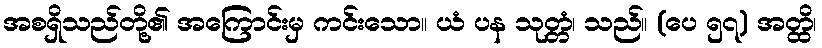
အစရှိသည်တို့၏ အကြောင်းမှ ကင်းသော။ ယံ ပန သုတ္တံ၊ သည်။ (ပေ ၅၇) အတ္ထိ၊